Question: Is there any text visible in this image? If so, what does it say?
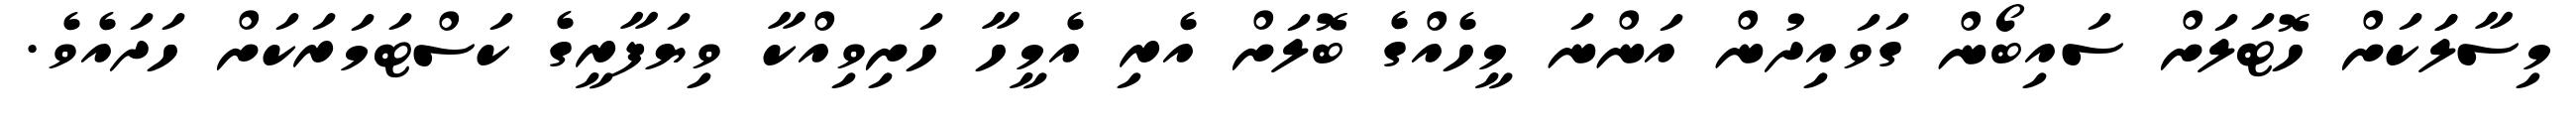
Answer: މިސާލަަކަށް ހޮޓަލަށް ސައިބޯން ގަވައިދުން އަންނަ މީހެއްގެ ބޮލަށް އެރި އެމީހާ ހަށިވިއްކާ ވިޔަފާރީގެ ކަސްޓަމަރަކަށް ހަދައެވެ.